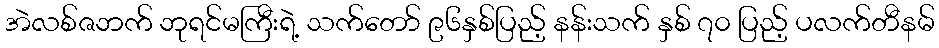
အဲလစ်ဇဘက် ဘုရင်မကြီးရဲ့ သက်တော် ၉၆နှစ်ပြည့် နန်းသက် နှစ် ၇၀ ပြည့် ပလက်တီနမ်